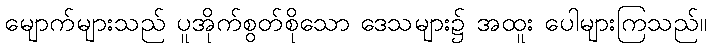
မျောက်များသည် ပူအိုက်စွတ်စိုသော ဒေသများ၌ အထူး ပေါများကြသည်။